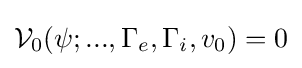
{\mathcal {V}}_{0}(\psi ;...,\Gamma _{e},\Gamma _{i},v_{0})=0